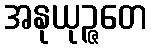
အနုယုဉ္ဇတေ